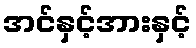
အင်နှင့်အားနှင့်